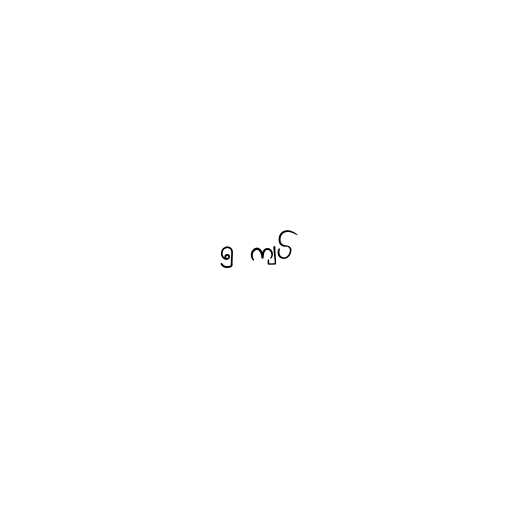
၅ ကျပ်